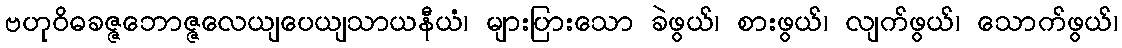
ဗဟုဝိဓခဇ္ဇဘောဇ္ဇလေယျပေယျသာယနီယံ၊ များပြားသော ခဲဖွယ်၊ စားဖွယ်၊ လျက်ဖွယ်၊ သောက်ဖွယ်၊